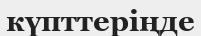
күпттеріңде